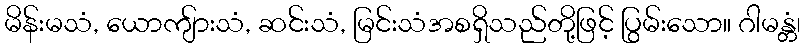
မိန်းမသံ, ယောကျ်ားသံ, ဆင်းသံ, မြင်းသံအစရှိသည်တို့ဖြင့် ပြွမ်းသော။ ဂါမန္တံ၊